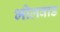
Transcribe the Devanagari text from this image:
भीलवाड